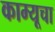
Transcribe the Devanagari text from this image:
काम्यूचा